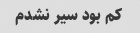
کم بود سیر نشدم